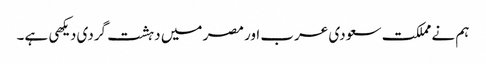
ہم نے مملکت سعودی عرب اور مصر میں دہشت گردی دیکهی ہے۔